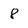
Character: 8